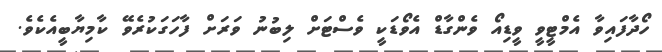
ހޯދާފައިވާ އެމްޓީވީ ވީޑިއޯ ވެންގާޑް އެވޯޑަކީ ވެސްޓަށް ލިބުނު ވަރަށް ފާހަގަކުރެވޭ ކާމިޔާބީއެކެވެ.